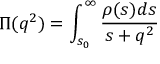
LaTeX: \Pi ( q ^ { 2 } ) = \int _ { s _ { 0 } } ^ { \infty } \frac { \rho ( s ) d s } { s + q ^ { 2 } }